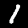
Label: 1